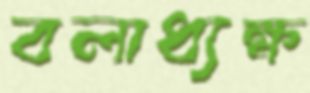
বলাধ্যক্ষ